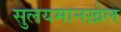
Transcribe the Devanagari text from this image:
सुलयमानख़ेल